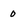
Character: 0